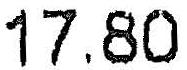
17.80